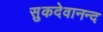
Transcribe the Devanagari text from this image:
सुकदेवानन्द